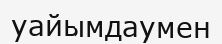
уайымдаумен